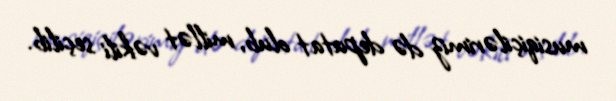
musiqiçilərimiz də deputat olub, millət vəkili seçilib.